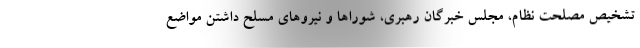
تشخیص مصلحت نظام، مجلس خبرگان رهبری، شوراها و نیروهای مسلح داشتن مواضع